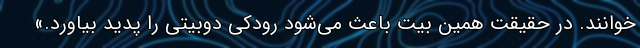
خوانند. در حقیقت همین بیت باعث می‌شود رودکی دوبیتی را پدید بیاورد.»